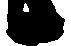
候